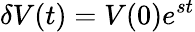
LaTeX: \delta V(t)=V(0)e^{st}